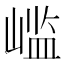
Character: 𫶊